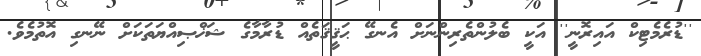
''ޑުރެމެޓިކް އައިރޮނީ'' އަކީ ބެލުންތެރިންނަށް އެނގޭ ޙަޤީޤަތެއް ޑުރާމާގެ ޝަޚްޞިއްޔަތަކަށް ނޭނގި އޮތުމެވެ.